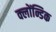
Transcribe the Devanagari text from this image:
क्लोंन्डिक